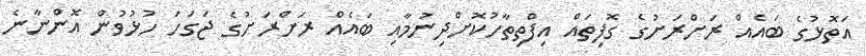
އަތޮޅުގެ ބައެއް ރަށްރަށުގެ ގޮފިތައް އިފްތިތާހުކޮށްދިނުމާއި ބައެއް ރަށްރަށުގެ ޖަގަހަ ހުޅުވުން އޮންނާނެ